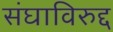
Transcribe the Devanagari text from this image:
संघाविरुद्द